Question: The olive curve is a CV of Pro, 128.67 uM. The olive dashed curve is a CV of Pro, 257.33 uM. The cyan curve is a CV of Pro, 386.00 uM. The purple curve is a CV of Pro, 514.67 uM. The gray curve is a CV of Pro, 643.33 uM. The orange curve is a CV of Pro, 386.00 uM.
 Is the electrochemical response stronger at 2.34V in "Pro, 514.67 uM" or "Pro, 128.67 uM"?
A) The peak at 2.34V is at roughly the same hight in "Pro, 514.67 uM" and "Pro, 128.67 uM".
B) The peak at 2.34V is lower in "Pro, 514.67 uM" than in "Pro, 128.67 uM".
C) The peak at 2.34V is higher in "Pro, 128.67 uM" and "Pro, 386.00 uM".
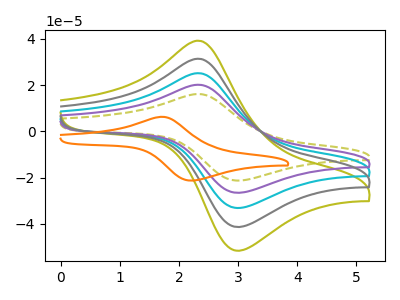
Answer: <think>The olive curve "Pro, 128.67 uM" has an anodic peak at (2.35V, 80.70uA) and a cathodic peak at (3.05V, -105.95uA). The olive dashed curve "Pro, 257.33 uM" has an anodic peak at (2.35V, 16.15uA) and a cathodic peak at (3.05V, -21.20uA). The cyan curve "Pro, 386.00 uM" has an anodic peak at (2.35V, 40.35uA) and a cathodic peak at (3.05V, -52.95uA). The purple curve "Pro, 514.67 uM" has an anodic peak at (2.35V, 20.15uA) and a cathodic peak at (3.05V, -26.50uA). The gray curve "Pro, 643.33 uM" has an anodic peak at (2.35V, 60.50uA) and a cathodic peak at (3.05V, -79.45uA). The orange curve "Pro, 386.00 uM" has an anodic peak at (1.70V, 6.30uA) and a cathodic peak at (2.25V, -21.25uA).</think>
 <answer>B) The peak at 2.34V is lower in "Pro, 514.67 uM" than in "Pro, 128.67 uM".</answer>
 <eval>B</eval>